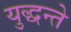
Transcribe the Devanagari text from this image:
युद्धन्ते